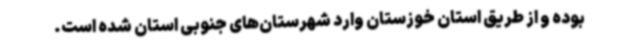
بوده و از طریق استان خوزستان وارد شهرستان‌های جنوبی استان شده است.